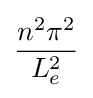
{\frac {n^{2}\pi ^{2}}{L_{e}^{2}}}